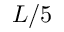
L / 5